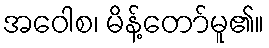
အဝေါစ၊ မိန့်တော်မူ၏။